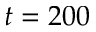
t = 2 0 0